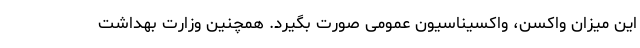
این میزان واکسن، واکسیناسیون عمومی صورت بگیرد. همچنین وزارت بهداشت